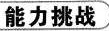
能力挑战